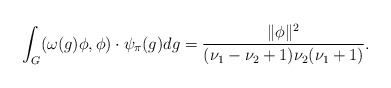
\begin{align*}\int_G(\omega(g)\phi,\phi)\cdot \psi_{\pi}(g)dg=\frac{\|\phi\|^2}{(\nu_1-\nu_2+1)\nu_2(\nu_1+1)}.\end{align*}